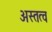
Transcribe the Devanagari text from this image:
अस्तत्व